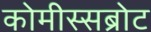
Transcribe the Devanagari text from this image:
कोमीस्सब्रोट